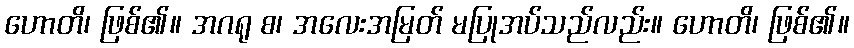
ဟောတိ၊ ဖြစ်၏။ အဂရု စ၊ အလေးအမြတ် မပြုအပ်သည်လည်း။ ဟောတိ၊ ဖြစ်၏။